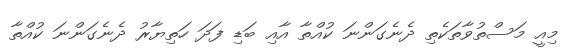
މިއީ މަސްތުވާތަކެތި ދެނެގަންނަ ކުއްތާ އާއި ބަޑި ފަދަ ހަތިޔާރު ދެނެގަންނަ ކުއްތާ